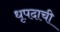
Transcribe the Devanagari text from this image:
धृपदाची